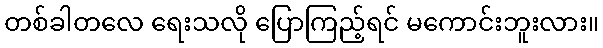
တစ်ခါတလေ ရေးသလို ပြောကြည့်ရင် မကောင်းဘူးလား။